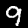
Label: 9